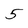
Character: 5